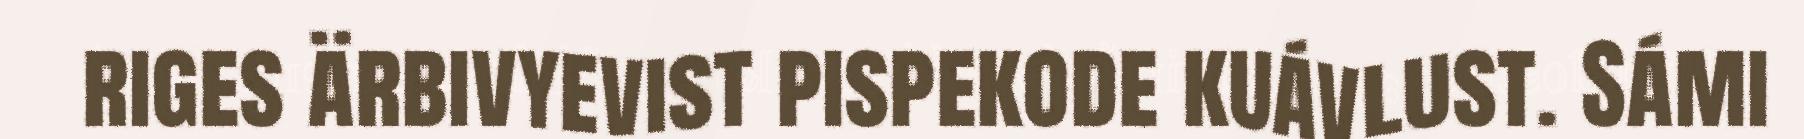
riges ärbivyevist pispekode kuávlust. Sámi